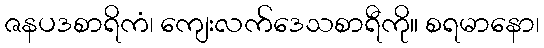
ဇနပဒစာရိကံ၊ ကျေးလက်ဒေသစာရီကို။ စရမာနော၊